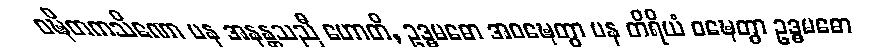
ဝဍ္ဎိတကသိဏော ပန အနန္တသညီ ဟောတိ, ဥဒ္ဓမဓော အဝဍ္ဎေတွာ ပန တိရိယံ ဝဍ္ဎေတွာ ဥဒ္ဓမဓော